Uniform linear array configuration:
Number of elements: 12
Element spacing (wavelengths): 0.75
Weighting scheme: binomial
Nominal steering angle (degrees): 45
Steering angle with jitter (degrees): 43.995
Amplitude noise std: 0.05
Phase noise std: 0.05

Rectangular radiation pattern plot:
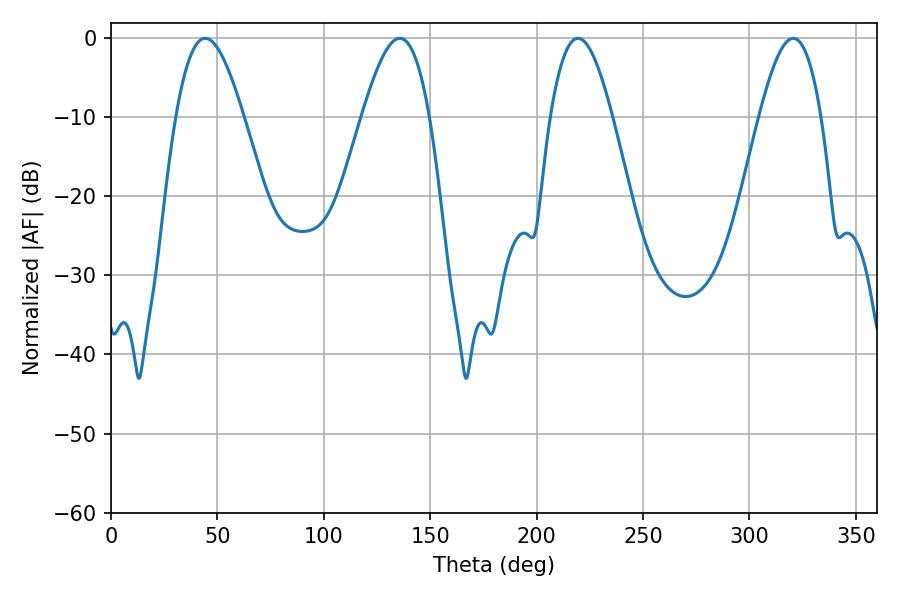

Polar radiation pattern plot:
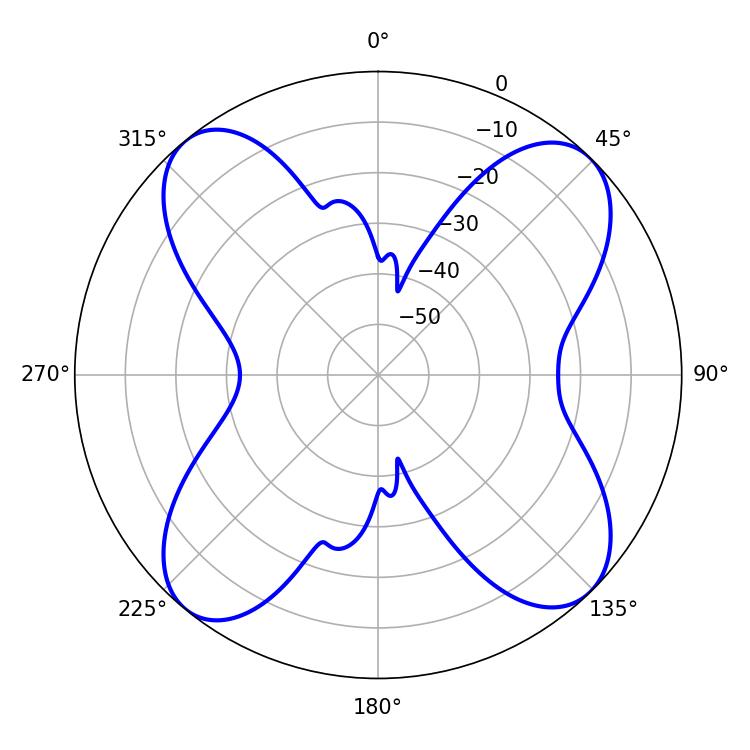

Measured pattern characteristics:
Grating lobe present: TRUE
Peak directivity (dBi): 14.061
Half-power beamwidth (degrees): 15.66
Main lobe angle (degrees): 219.42